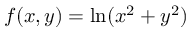
\, \! f ( x , y ) = \ln ( x ^ { 2 } + y ^ { 2 } )